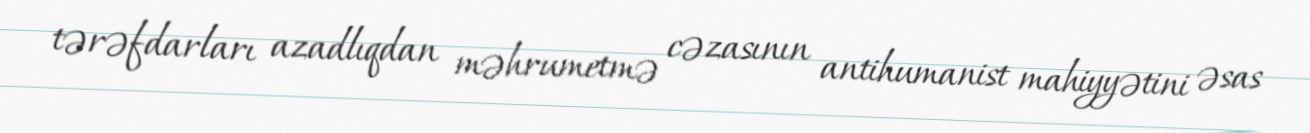
tərəfdarları azadlıqdan məhrumetmə cəzasının antihumanist mahiyyətini əsas